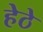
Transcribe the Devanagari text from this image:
हेठे